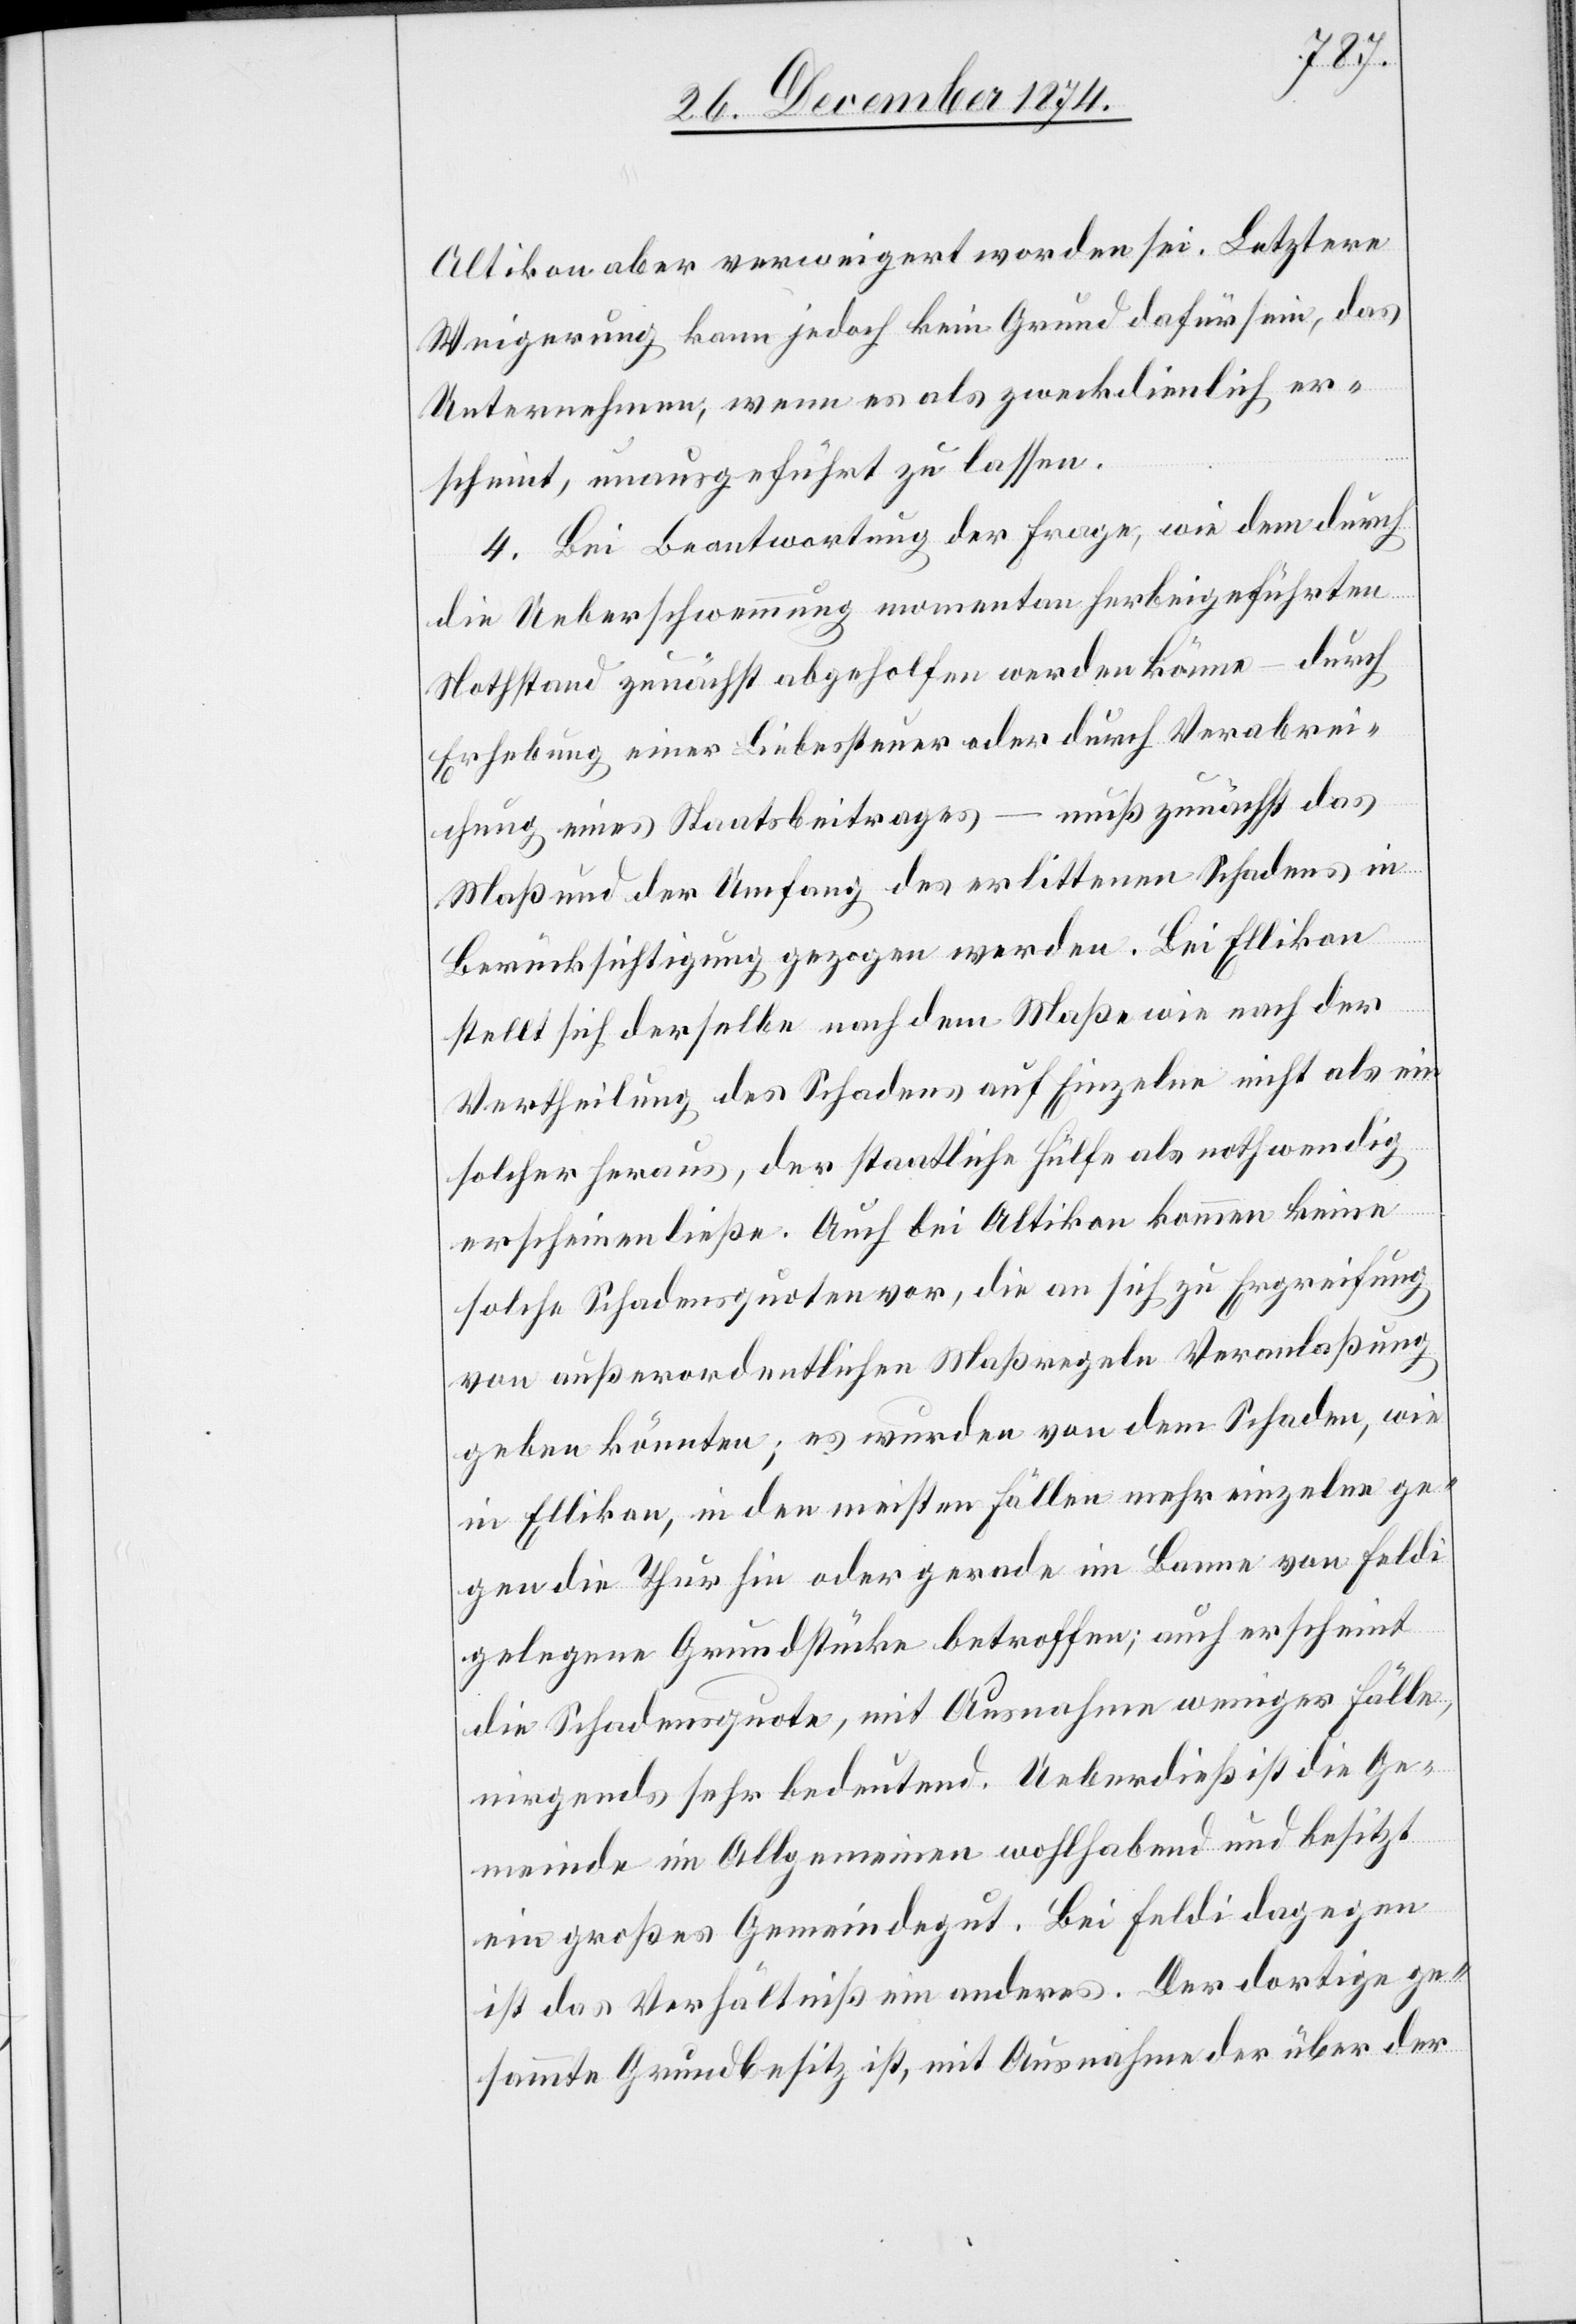
Altikon aber verweigert worden sei. Letztere
Weigerung kann jedoch kein Grund dafür sein, das
Unternehmen, wenn es als zweckdienlich er¬
scheint, unausgeführt zu lassen.
4. Bei Beantwortung der Frage, wie dem durch
die Ueberschwemmung momentan herbeigeführten
Nothstand zunächst abgeholfen werden könne – durch
Erhebung einer Liebessteuer oder durch Verabrei¬
chung eines Staatsbeitrages – muß zunächst das
Maß und der Umfang des erlittenen Schadens in
Berücksichtigung gezogen werden. Bei Ellikon
stellt sich derselbe nach dem Maße wie nach der
Vertheilung des Schadens auf Einzelne nicht als ein
solcher heraus, der staatliche Hülfe als nothwendig
erscheinen ließe. Auch bei Altikon kommen keine
solche Schadensquoten vor, die an sich zur Ergreifung
von außerordentlichen Maßregeln Veranlaßung
geben könnten; es wurden von dem Schaden, wie
in Ellikon, in den meisten Fällen mehr einzelne ge¬
gen die Thur hin oder gerade im Banne von Feldi
gelegene Grundstücke betroffen; auch erscheint
die Schadensquote, mit Ausnahme weniger Fälle,
nirgends sehr bedeutend. Ueberdieß ist die Ge¬
meinde im Allgemeinen wohlhabend und besitzt
ist das Verhältniß ein anderes. Der dortige ge¬
sammte Grundbesitz ist, mit Ausnahme der über der